Document type: Inventory
Year: 1295
Scribe: Pere Marc
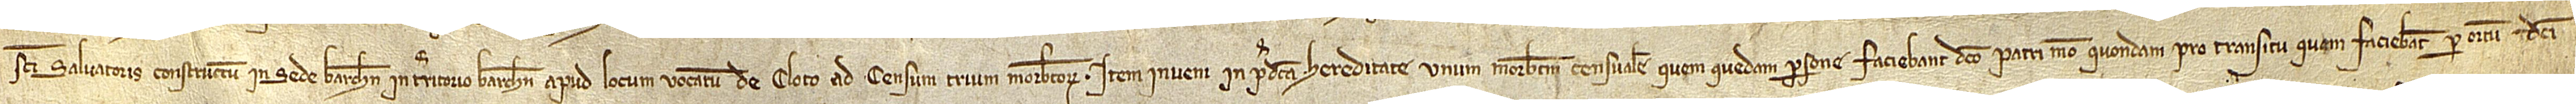
Sancti Salvatoris constructum in Sede Barchinone, in territorio Barchinone, apud locum vocatum de Cloto, ad censum trium morabatinorum. Item, inveni in predicta hereditate unum morabatinum censualem quem quedam persone faciebant dicto patri meo, quondam, pro transitu quem faciebant per ortum dicti